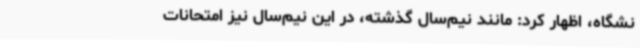
نشگاه، اظهار کرد: مانند نیم‌سال گذشته، در این نیم‌سال نیز امتحانات